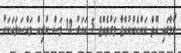
ކޯމާގައި އޮތް އަންހެންކުއްޖާ މަރުވެއްޖެ 5 އަހަރު 12 މަސް ކުރިން މައްސަލައަކަށް